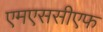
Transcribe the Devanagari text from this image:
एमएससीएफ